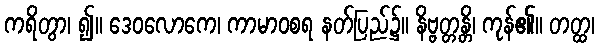
ကရိတွာ၊ ၍။ ဒေဝလောကေ၊ ကာမာဝစရ နတ်ပြည်၌။ နိဗ္ဗတ္တန္တိ၊ ကုန်၏။ တတ္ထ၊